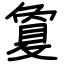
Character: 敻